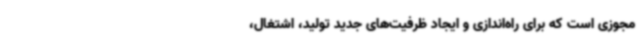
مجوزی است که برای راه‌اندازی و ایجاد ظرفیت‌های جدید تولید، اشتغال،